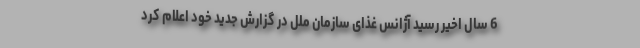
6 سال اخیر رسید آژانس غذای سازمان ملل در گزارش جدید خود اعلام کرد